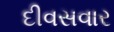
દીવસવાર